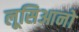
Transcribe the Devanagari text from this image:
लूसिआनो